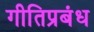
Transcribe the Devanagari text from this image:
गीतिप्रबंध